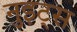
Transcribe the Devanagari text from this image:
नुइट्स